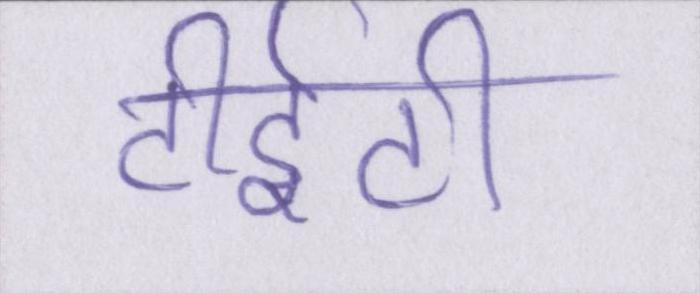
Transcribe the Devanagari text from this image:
टीईटी